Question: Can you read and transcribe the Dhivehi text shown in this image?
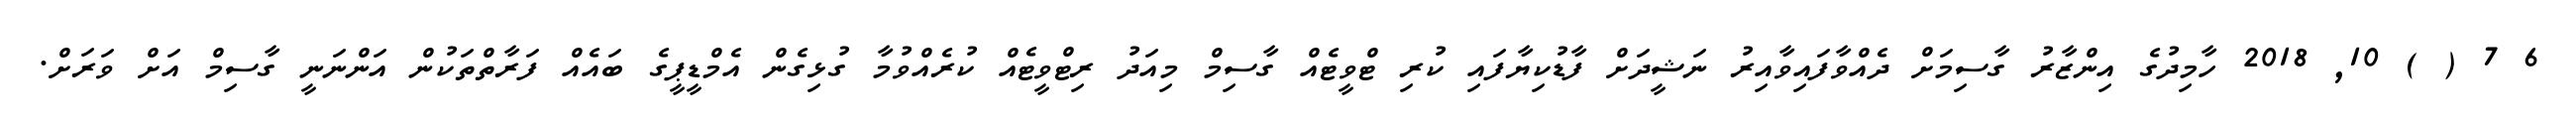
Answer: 6 7 ( ) 10, 2018 ހާމިދުގެ އިންޒާރު ގާސިމަށް ދެއްވާފައިވާއިރު ނަޝީދަށް ފާޑުކިޔާފައި ކުރި ޓްވީޓެއް ގާސިމް މިއަދު ރިޓްވީޓެއް ކުރެއްވުމާ ގުޅިގެން އެމްޑީޕީގެ ބައެއް ފަރާތްތަކުން އަންނަނީ ގާސިމް އަށް ވަރަށް.